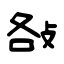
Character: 𢼛